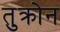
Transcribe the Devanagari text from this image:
तुक्रोन